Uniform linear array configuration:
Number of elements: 16
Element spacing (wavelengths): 0.25
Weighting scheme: binomial
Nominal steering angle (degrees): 60
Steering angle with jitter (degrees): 59.562
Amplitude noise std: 0.05
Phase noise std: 0.05

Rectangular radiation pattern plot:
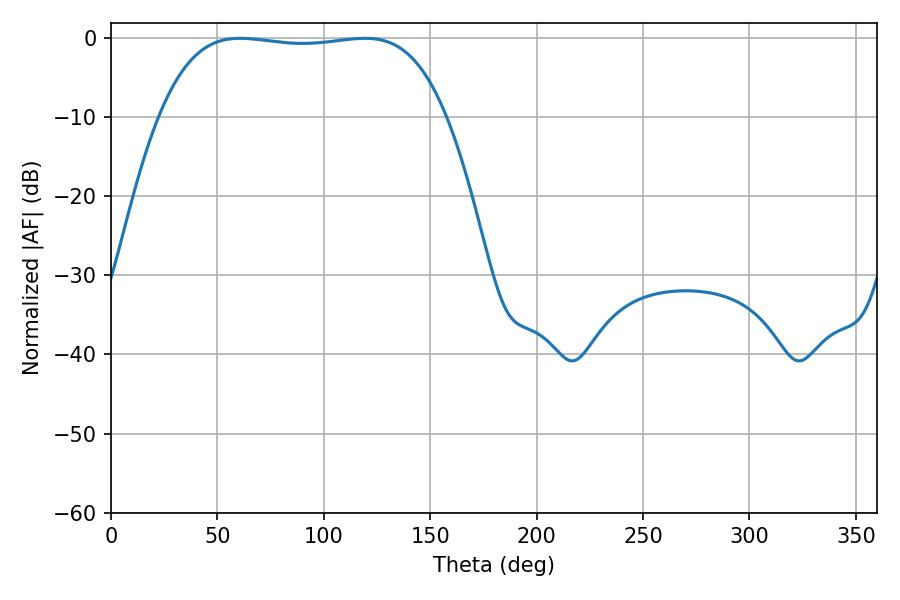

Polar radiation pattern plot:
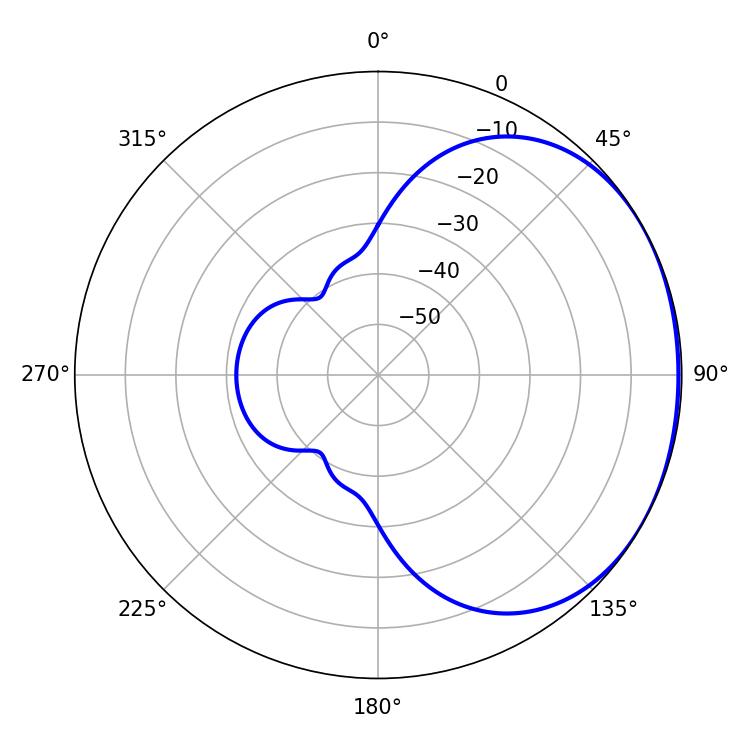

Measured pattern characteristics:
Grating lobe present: FALSE
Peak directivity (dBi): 1.223
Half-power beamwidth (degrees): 106.2
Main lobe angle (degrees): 60.66